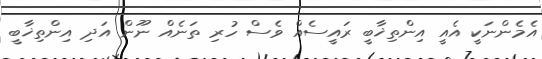
އެމެންނަކީ އެއީ އިންތިޚާބީ ރައީސެއް ވެސް ހުރި ތަނެއް ނޫން އަދި އިންތިޚާބީ